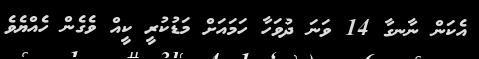
އެކަން ނާނގާ 14 ވަނަ ދުވަހާ ހަމައަށް މަޑުކުރީ ކީއް ވެގެން ހެއްޔެވެ